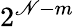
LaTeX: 2^{\mathscr{N}-m}